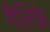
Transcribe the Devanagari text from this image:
गैलिफ़्रे